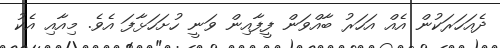
ދެއަހަރަކުން އެއް އަހަރު ބާއްވަން ފީފާއިން ވަނީ ހުށަހަޅާފަ އެވެ. މިއާއި އެކު